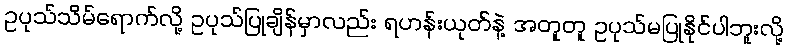
ဥပုသ်သိမ်ရောက်လို့ ဥပုသ်ပြုချိန်မှာလည်း ရဟန်းယုတ်နဲ့ အတူတူ ဥပုသ်မပြုနိုင်ပါဘူးလို့